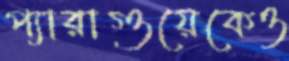
প্যারাগুয়েকেও